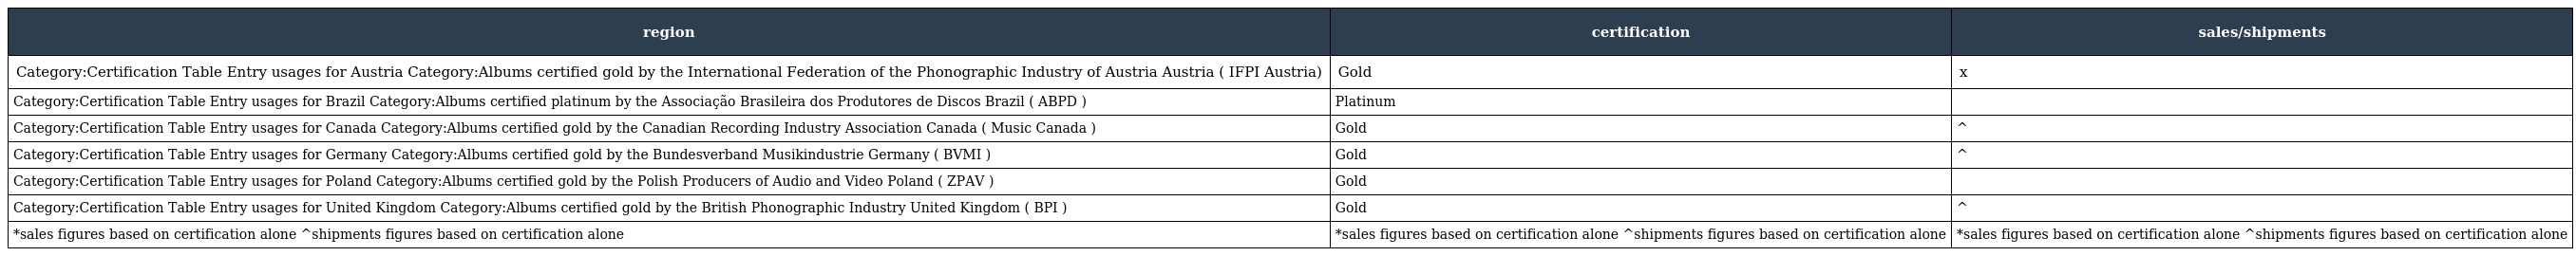
| region | certification | sales/shipments |
 | --- | --- | --- |
 | Category:Certification Table Entry usages for Austria Category:Albums certified gold by the International Federation of the Phonographic Industry of Austria Austria ( IFPI Austria) | Gold | x |
 | Category:Certification Table Entry usages for Brazil Category:Albums certified platinum by the Associação Brasileira dos Produtores de Discos Brazil ( ABPD ) | Platinum |  |
 | Category:Certification Table Entry usages for Canada Category:Albums certified gold by the Canadian Recording Industry Association Canada ( Music Canada ) | Gold | ^ |
 | Category:Certification Table Entry usages for Germany Category:Albums certified gold by the Bundesverband Musikindustrie Germany ( BVMI ) | Gold | ^ |
 | Category:Certification Table Entry usages for Poland Category:Albums certified gold by the Polish Producers of Audio and Video Poland ( ZPAV ) | Gold |  |
 | Category:Certification Table Entry usages for United Kingdom Category:Albums certified gold by the British Phonographic Industry United Kingdom ( BPI ) | Gold | ^ |
 | *sales figures based on certification alone ^shipments figures based on certification alone | *sales figures based on certification alone ^shipments figures based on certification alone | *sales figures based on certification alone ^shipments figures based on certification alone |